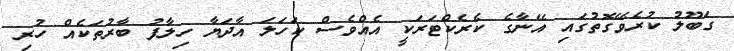
ގަބޫލު ކުރެވޭގޮތުގައި އޭނާގެ ކެރެކްޓަރަކީ އެއްވެސް ކަހަލަ އާދަޔާ ހިލާފު ބާރުތަކެއް ހުރި